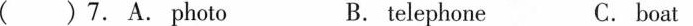
( )7. A. Photo B. telephone C. boat